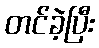
တင်ခဲ့ပြီး